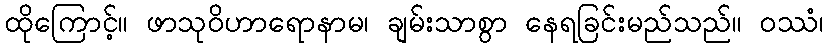
ထိုကြောင့်။ ဖာသုဝိဟာရောနာမ၊ ချမ်းသာစွာ နေရခြင်းမည်သည်။ ဝဿံ၊